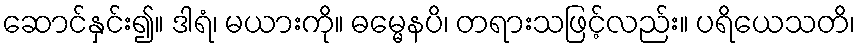
ဆောင်နှင်း၍။ ဒါရံ၊ မယားကို။ ဓမ္မေနပိ၊ တရားသဖြင့်လည်း။ ပရိယေသတိ၊